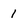
Character: 1